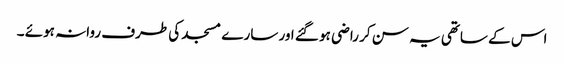
اس کے ساتھی یہ سن کر راضی ہو گئے اور سارے مسجد کی طرف روانہ ہوئے ۔